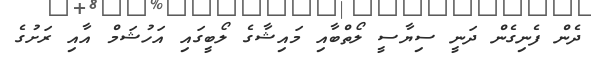
ދެން ފެނިގެން ދަނީ ސިޔާސީ ލޯތްބާއި މައިޝާގެ ލޯބީގައި އަހުޝަމް އާއި ރަށުގެ